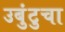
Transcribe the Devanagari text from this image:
उबुंटुचा